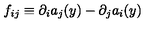
f _ { i j } \equiv \partial _ { i } a _ { j } ( y ) - \partial _ { j } a _ { i } ( y )